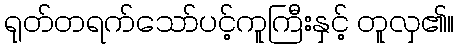
ရုတ်တရက်သော်ပင့်ကူကြီးနှင့် တူလှ၏။